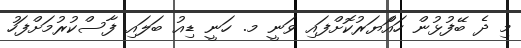
މި ދެ ބޭފުޅުން ހައްަޔަރުކޮށްފައި ވަނީ މ. ހަނީ ޑިއު ބަލައި ފާސްކުރުމަށްފަހު